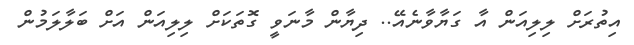
އިތުރަށް ލިލިއަން އާ ގަޔާވާނެއޭ.. ދިޔާން މާނަވީ ގޮތަކަށް ލިލިއަން އަށް ބަލާލަމުން